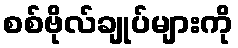
စစ်ဗိုလ်ချုပ်များကို